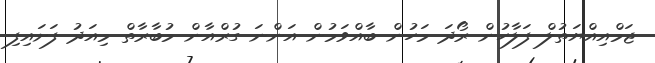
ޖަމްއިއްޔަތުލް ފަލާހުން ރޯދަ މަހުން ބާއްވަމުން އަންނަ ގުރްއާން މުބާރާތް މިއަދު ފަށައިފި